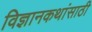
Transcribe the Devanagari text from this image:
विज्ञानकथांसाठी